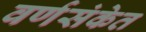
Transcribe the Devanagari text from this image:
वर्णसंकेत